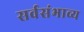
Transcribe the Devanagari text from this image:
सर्वसंभाव्य